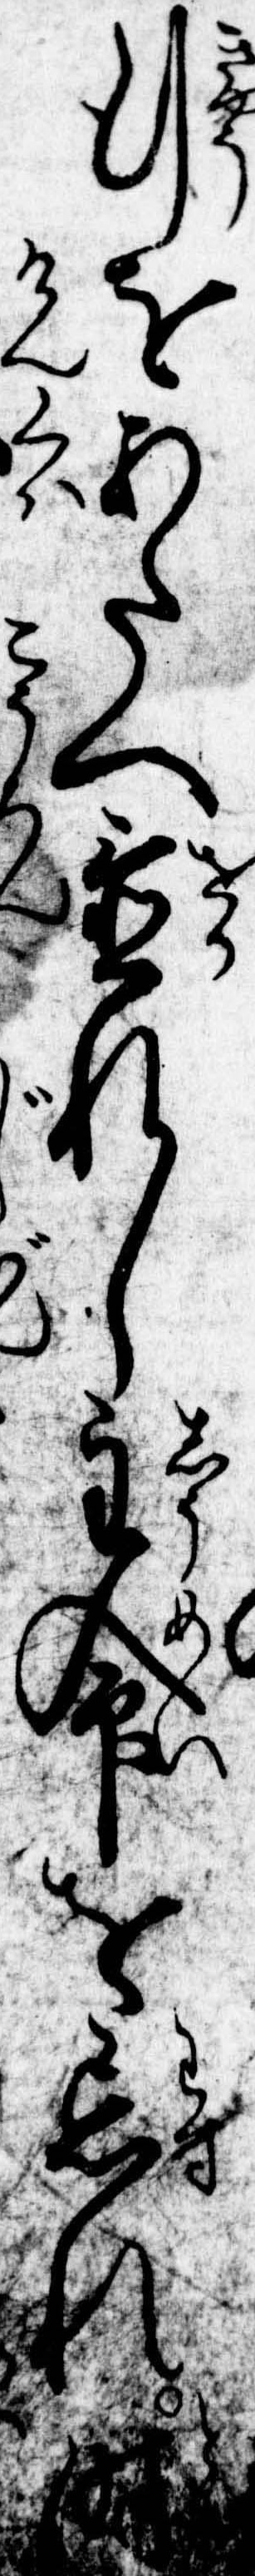
行をあたへ置れし主命を忘れ時